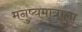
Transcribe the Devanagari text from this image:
मनुष्यमात्राला